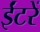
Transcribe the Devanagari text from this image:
ईंटरें